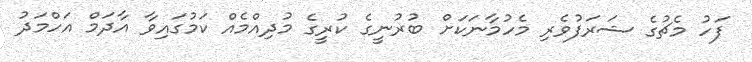
ފަހު މެޗުގެ ޝަރަފުވެރި މެހުމާނަކަށް ބުރުނީގެ ކުރީގެ މުދިއްމެއް ކަމުގައިވާ އާދަމް އަހްމަދު